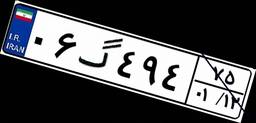
۰۶گ۴۹۴۷۵